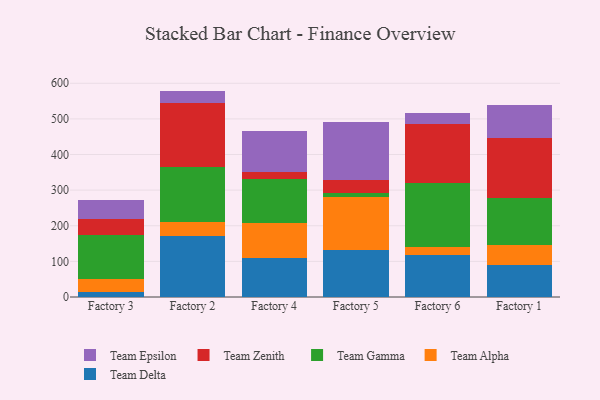
{"axis": {"x": "Factory", "y": "Shipments"}, "legend": ["Team Alpha", "Team Delta", "Team Epsilon", "Team Gamma", "Team Zenith"], "data": [{"x": "Factory 3", "y": 14.5, "type": "Team Delta"}, {"x": "Factory 3", "y": 35.9, "type": "Team Alpha"}, {"x": "Factory 3", "y": 122.4, "type": "Team Gamma"}, {"x": "Factory 3", "y": 44.9, "type": "Team Zenith"}, {"x": "Factory 3", "y": 55.1, "type": "Team Epsilon"}, {"x": "Factory 2", "y": 171.2, "type": "Team Delta"}, {"x": "Factory 2", "y": 38.0, "type": "Team Alpha"}, {"x": "Factory 2", "y": 156.9, "type": "Team Gamma"}, {"x": "Factory 2", "y": 179.5, "type": "Team Zenith"}, {"x": "Factory 2", "y": 33.1, "type": "Team Epsilon"}, {"x": "Factory 4", "y": 110.8, "type": "Team Delta"}, {"x": "Factory 4", "y": 98.3, "type": "Team Alpha"}, {"x": "Factory 4", "y": 123.2, "type": "Team Gamma"}, {"x": "Factory 4", "y": 17.9, "type": "Team Zenith"}, {"x": "Factory 4", "y": 116.6, "type": "Team Epsilon"}, {"x": "Factory 5", "y": 131.4, "type": "Team Delta"}, {"x": "Factory 5", "y": 149.3, "type": "Team Alpha"}, {"x": "Factory 5", "y": 11.6, "type": "Team Gamma"}, {"x": "Factory 5", "y": 37.3, "type": "Team Zenith"}, {"x": "Factory 5", "y": 160.7, "type": "Team Epsilon"}, {"x": "Factory 6", "y": 118.7, "type": "Team Delta"}, {"x": "Factory 6", "y": 22.6, "type": "Team Alpha"}, {"x": "Factory 6", "y": 178.1, "type": "Team Gamma"}, {"x": "Factory 6", "y": 165.1, "type": "Team Zenith"}, {"x": "Factory 6", "y": 31.9, "type": "Team Epsilon"}, {"x": "Factory 1", "y": 89.7, "type": "Team Delta"}, {"x": "Factory 1", "y": 55.6, "type": "Team Alpha"}, {"x": "Factory 1", "y": 132.0, "type": "Team Gamma"}, {"x": "Factory 1", "y": 168.1, "type": "Team Zenith"}, {"x": "Factory 1", "y": 92.6, "type": "Team Epsilon"}]}